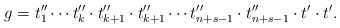
\begin{align*} g = t''_1 \cdots t''_k \cdot t''_{k + 1} \cdot t''_{k + 1} \cdots t''_{n + s - 1} \cdot t''_{n + s - 1} \cdot t' \cdot t'.\end{align*}